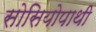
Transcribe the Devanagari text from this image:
सोसियोपाथी